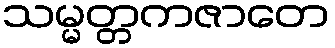
သမ္မတ္တကဇာတေ